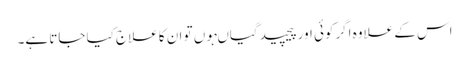
اس کے علاوہ اگرکوئی اور پیچیدگیاںہوں تو ان کا علاج کیا جاتا ہے۔